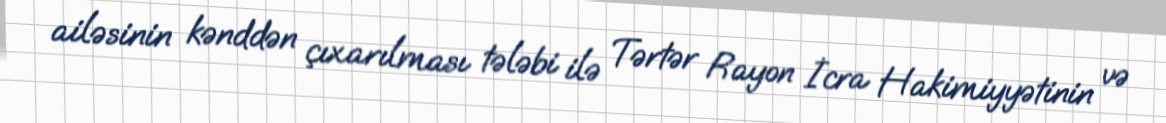
ailəsinin kənddən çıxarılması tələbi ilə Tərtər Rayon İcra Hakimiyyətinin və